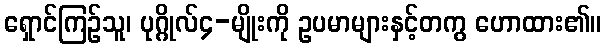
ရှောင်ကြဉ်သူ၊ ပုဂ္ဂိုလ်၄-မျိုးကို ဥပမာများနှင့်တကွ ဟောထား၏။